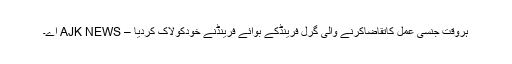
ہروقت جنسی عمل کاتقاضاکرنے والی گرل فرینڈکے بوائے فرینڈنے خودکولاک کردیا – AJK NEWS اے۔